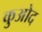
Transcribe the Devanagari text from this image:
कुओद